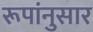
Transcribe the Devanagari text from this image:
रूपांनुसार